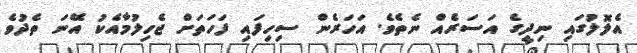
އެލޮލުގައި ނިދީގެ އަސަރެއް ނެތެވެ. އަހަރެން ސިހިފައި ފަހަތަށް ޖެހިލުމާއެކު އޭނަ ތެދުވެ